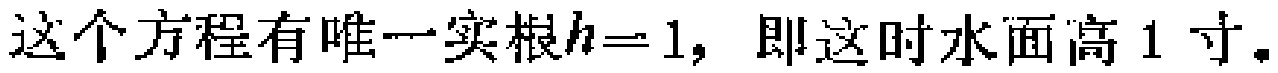
这个方程有唯一实根\(h = 1\)，即这时水面高 1 寸。